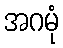
အဂမုံ